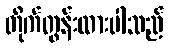
တိုက်တွန်းထားပါသည်